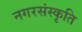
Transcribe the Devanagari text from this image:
नगरसंस्कृति